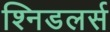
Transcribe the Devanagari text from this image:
श्निडलर्स